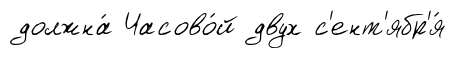
должна́ Часово́й двух с'ент'ябр'я́